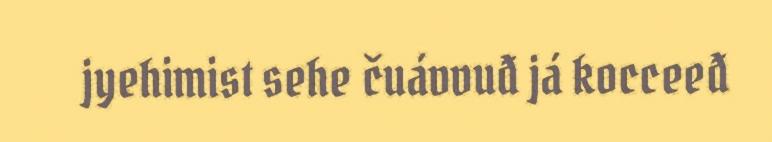
jyehimist sehe čuávvuđ já kocceeđ